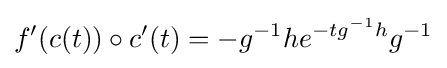
f'(c(t))\circ c'(t)=-g^{-1}he^{-tg^{-1}h}g^{-1}